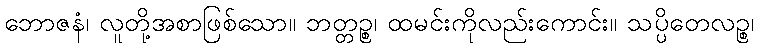
ဘောဇနံ၊ လူတို့အစာဖြစ်သော။ ဘတ္တဉ္စ၊ ထမင်းကိုလည်းကောင်း။ သပ္ပိတေလဉ္စ၊